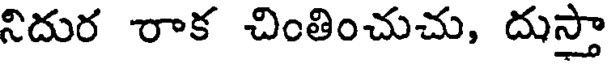
నిదుర రాక చింతించుచు, దుస్తా